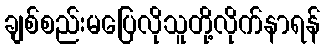
ချစ်စည်းမပြေလိုသူတို့လိုက်နာရန်